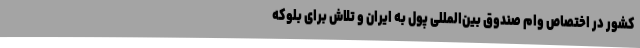
کشور در اختصاص وام صندوق بین‌المللی پول به ایران و تلاش برای بلوکه